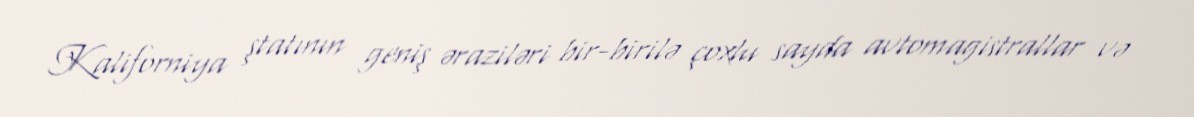
Kaliforniya ştatının geniş əraziləri bir-birilə çoxlu sayda avtomagistrallar və